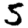
Digit: 5